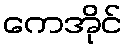
ကေအိုင်